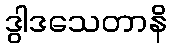
ဒွါဒသေတာနိ